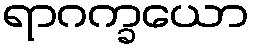
ရာဂက္ခယော